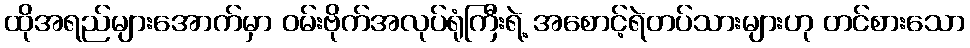
ထိုအရည်များအောက်မှာ ဝမ်းဗိုက်အလုပ်ရုံကြီးရဲ့ အစောင့်ရဲတပ်သားများဟု တင်စားသော